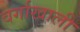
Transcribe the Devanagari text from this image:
वर्गाखाली